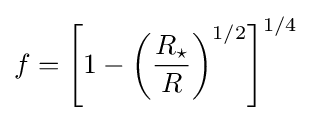
f=\left[1-\left({\frac {R_{\star }}{R}}\right)^{1/2}\right]^{1/4}